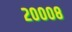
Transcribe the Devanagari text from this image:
२०००८